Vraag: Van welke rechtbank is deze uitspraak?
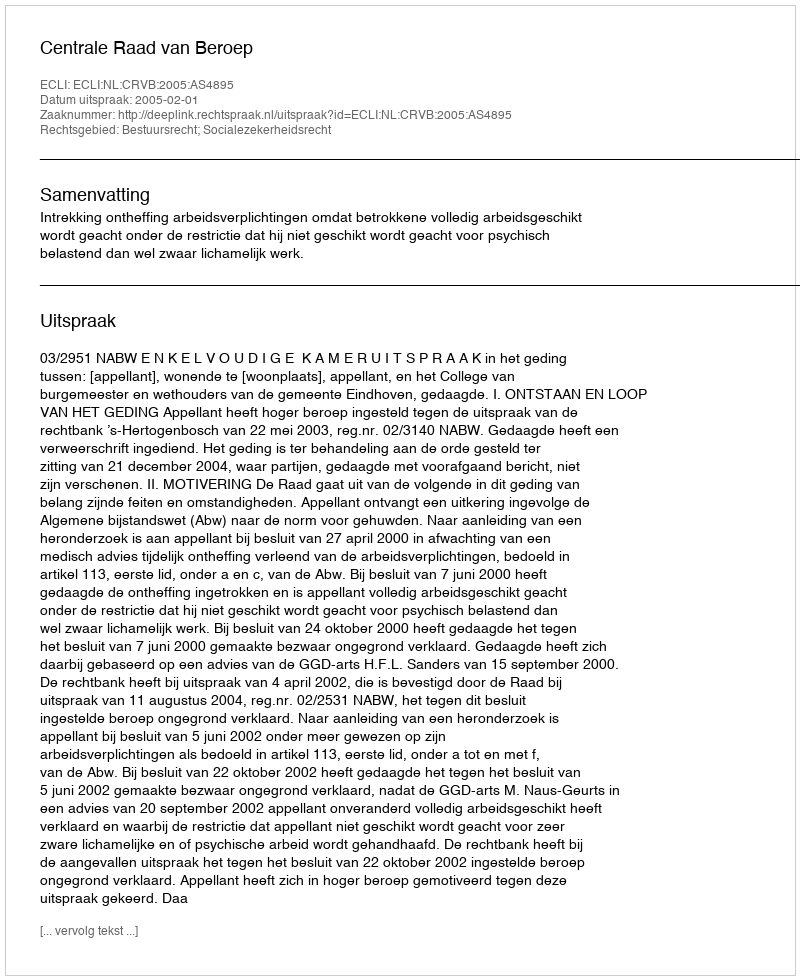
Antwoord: Centrale Raad van Beroep